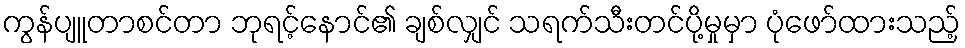
ကွန်ပျူတာစင်တာ ဘုရင့်နောင်၏ ချစ်လျှင် သရက်သီးတင်ပို့မှုမှာ ပုံဖော်ထားသည့်